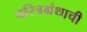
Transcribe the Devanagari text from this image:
चरित्रग्रंथाची